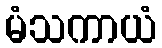
မံသကာယံ